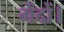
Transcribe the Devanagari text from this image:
गेंदों।